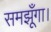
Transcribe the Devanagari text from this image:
समझूँगा।